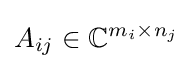
A_{ij}\in \mathbb {C} ^{m_{i}\times n_{j}}